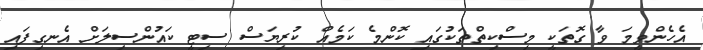
އެހެންވީމަ ވާ ގޮތަކީ މިސްކިތްތަކުގައި ކޮންމެ ކަމެއް ކުރިޔަސް ސިޓީ ކައުންސިލަށް އެނގިފައި